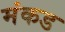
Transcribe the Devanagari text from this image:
मंकड